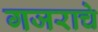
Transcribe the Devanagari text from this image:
गजराचे